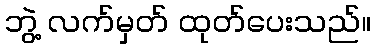
ဘွဲ့ လက်မှတ် ထုတ်ပေးသည်။